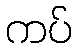
ကပ်